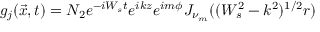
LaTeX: g _ { j } ( \vec { x } , t ) = N _ { 2 } e ^ { - i W _ { s } t } e ^ { i k z } e ^ { i m \phi } J _ { \nu _ { m } } ( ( W _ { s } ^ { 2 } - k ^ { 2 } ) ^ { 1 / 2 } r )